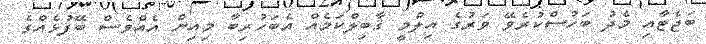
ބަޖެޓާއި މެދު ބަހުސްކުރެވޭ ވަރުގެ އިލްމީ ޤާބިލްކަމެއް އެބަހުރިބާ މިއިން އެއްވެސް ބޭފުޅެއްގެ